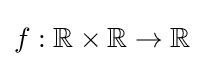
f:\mathbb {R} \times \mathbb {R} \to \mathbb {R}